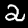
Label: 2